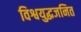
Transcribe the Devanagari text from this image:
विश्वयुद्धजनित